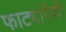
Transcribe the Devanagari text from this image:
फाट्यांपैकी